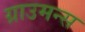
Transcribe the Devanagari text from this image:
ग्राउमन्स